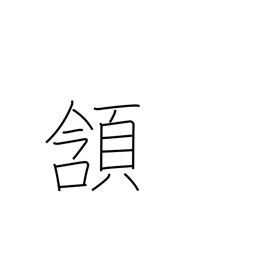
Meaning: nod approval